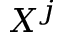
X ^ { j }